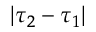
| \tau _ { 2 } - \tau _ { 1 } |